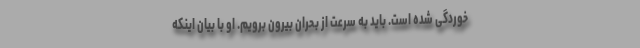
خوردگی شده است. باید به سرعت از بحران بیرون برویم. او با بیان اینکه